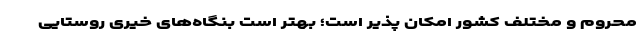
محروم و مختلف کشور امکان پذیر است؛ بهتر است بنگاه‌های خیری روستایی